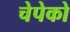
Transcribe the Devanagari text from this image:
चेपेको